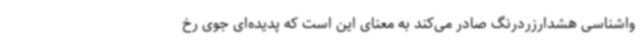
واشناسی هشدارزردرنگ صادر می‌کند به معنای این است که پدیده‌ای جوی رخ